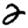
Digit: 2